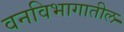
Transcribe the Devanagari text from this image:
वनविभागातील